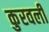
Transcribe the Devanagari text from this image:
कुरवली